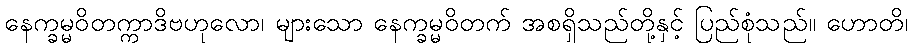
နေက္ခမ္မဝိတက္ကာဒိဗဟုလော၊ များသော နေက္ခမ္မဝိတက် အစရှိသည်တို့နှင့် ပြည်စုံသည်။ ဟောတိ၊